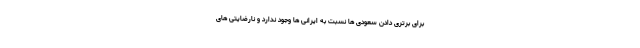
برای برتری دادن سعودی ها نسبت به ایرانی ها وجود ندارد و نارضایتی های